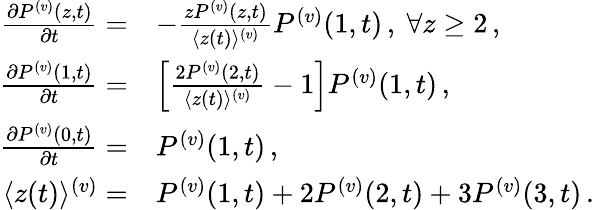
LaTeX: \begin{array}{rl}{\frac{\partial P^{(v)}({z},{t})}{\partial t}=}&{-\frac{zP^{(v)}({z},{t})}{\langle z(t)\rangle^{(v)}}P^{(v)}({1},{t})\, ,\mathrm{~}\forall z\ge 2\, ,}\\ {\frac{\partial P^{(v)}({1},{t})}{\partial t}=}&{\left[\frac{2P^{(v)}({2},{t})}{\langle z(t)\rangle^{(v)}}-1\right]P^{(v)}({1},{t})\, ,}\\ {\frac{\partial P^{(v)}({0},{t})}{\partial t}=}&{P^{(v)}({1},{t})\, ,}\\ {\langle z(t)\rangle^{(v)}=}&{P^{(v)}({1},{t})+2P^{(v)}({2},{t})+3P^{(v)}({3},{t})\, .}\end{array}